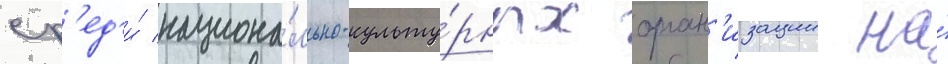
ср'ед'и́ национа́льно-культу́рных орган'изации на́